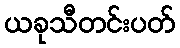
ယခုသီတင်းပတ်